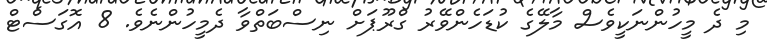
މި ދެ މީހުންނަކީވެސް މާލޭގެ ކުޑަހެންވޭރު ގްރޫޕަށް ނިސްބަތްވާ ދެމީހުންނެވެ. 8 އޮގަސްޓް